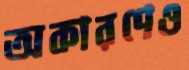
অকারণেও